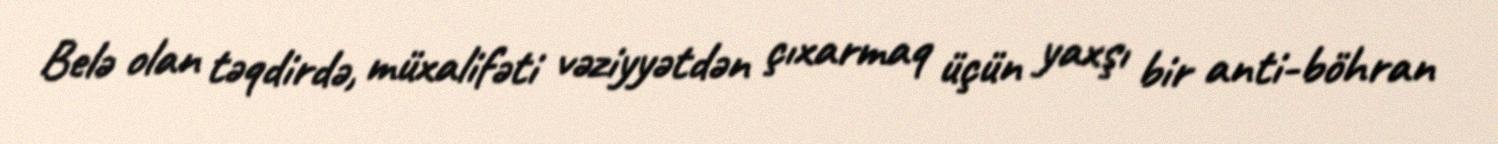
Belə olan təqdirdə, müxalifəti vəziyyətdən çıxarmaq üçün yaxşı bir anti-böhran